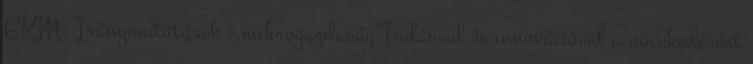
GKM. Iránymutatások - mikrogazdaság Tudással és innovációval a növekedésért